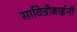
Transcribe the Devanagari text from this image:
सावित्रीबाईनी